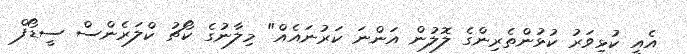
އެއީ ކުޅިވަރު ކުޅުންތެރިންގެ ލޮލުން އަންނަ ކަރުނައެއް" މިލާނުގެ ކޯޗު ކްލަރެންސް ސީޑޯފް